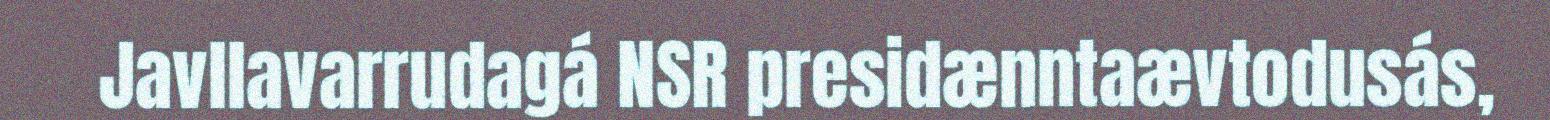
Javllavarrudagá NSR presidænntaævtodusás,